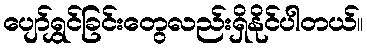
ပျော်ရွှင်ခြင်းတွေလည်းရှိနိုင်ပါတယ်။